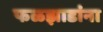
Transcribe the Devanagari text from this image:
फळझाडांना